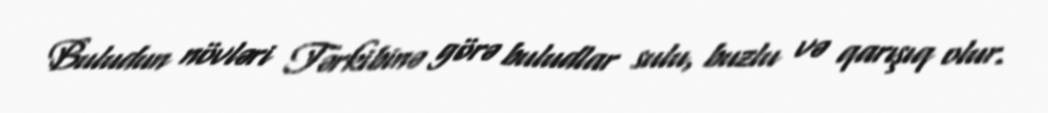
Buludun növləri Tərkibinə görə buludlar sulu, buzlu və qarışıq olur.